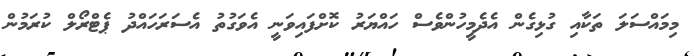
މިމައްސަލަ ތަކާއި ގުޅިގެން އެދެމީހުންވެސް ހައްޔަރު ކޮށްފައިވަނީ އެވަގުތު އެސަރަހައްދު ޕެޓްރޯލް ކުރަމުން